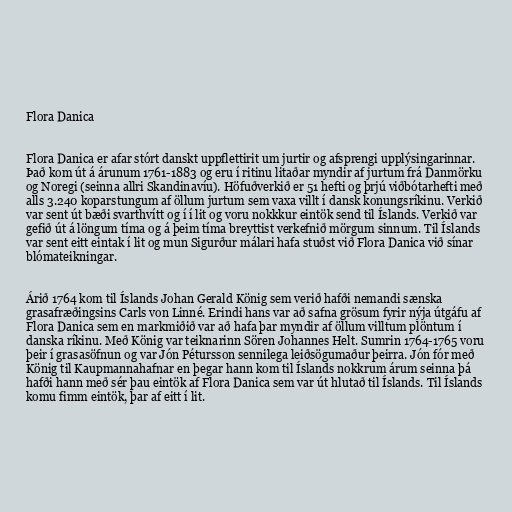
Flora Danica

Flora Danica er afar stórt danskt uppflettirit um jurtir og afsprengi upplýsingarinnar.
Það kom út á árunum 1761-1883 og eru í ritinu litaðar myndir af jurtum frá Danmörku
og Noregi (seinna allri Skandinavíu). Höfuðverkið er 51 hefti og þrjú viðbótarhefti með
alls 3.240 koparstungum af öllum jurtum sem vaxa villt í dansk konungsríkinu. Verkið
var sent út bæði svarthvítt og í í lit og voru nokkkur eintök send til Íslands. Verkið var
gefið út á löngum tíma og á þeim tíma breyttist verkefnið mörgum sinnum. Til Íslands
var sent eitt eintak í lit og mun Sigurður málari hafa stuðst við Flora Danica við sínar
blómateikningar.

Árið 1764 kom til Íslands Johan Gerald König sem verið hafði nemandi sænska
grasafræðingsins Carls von Linné. Erindi hans var að safna grösum fyrir nýja útgáfu af
Flora Danica sem en markmiðið var að hafa þar myndir af öllum villtum plöntum í
danska ríkinu. Með König var teiknarinn Sören Johannes Helt. Sumrin 1764-1765 voru
þeir í grasasöfnun og var Jón Pétursson sennilega leiðsögumaður þeirra. Jón fór með
König til Kaupmannahafnar en þegar hann kom til Íslands nokkrum árum seinna þá
hafði hann með sér þau eintök af Flora Danica sem var út hlutað til Íslands. Til Íslands
komu fimm eintök, þar af eitt í lit.